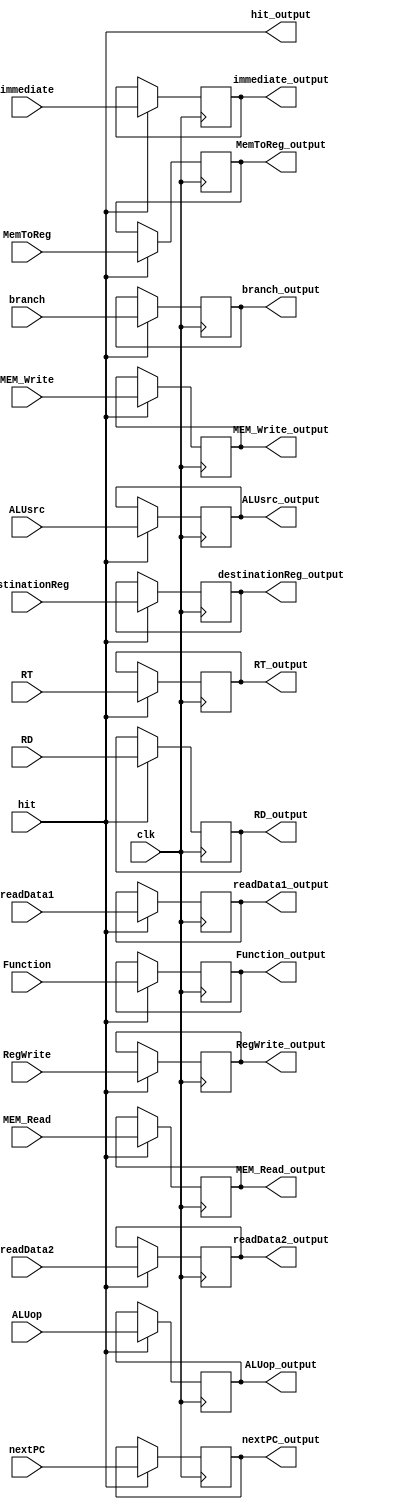
`timescale 1ns / 1ps
//////////////////////////////////////////////////////////////////////////////////
// Company: 
// Engineer: 
// 
// Design Name: 
// Module Name:    ID_EX 
// Project Name: 
// Target Devices: 
// Tool versions: 
// Description: 
//
// Dependencies: 
//
// Revision: 
// Revision 0.01 - File Created
// Additional Comments: 
//
//////////////////////////////////////////////////////////////////////////////////
module ID_EX(clk , hit , readData1 , readData2 , immediate , destinationReg , ALUsrc , MemToReg , RegWrite ,
MEM_Read , MEM_Write , branch , ALUop , RT , RD , Function , nextPC , readData1_output , readData2_output,
immediate_output , destinationReg_output , ALUsrc_output , MemToReg_output , RegWrite_output , MEM_Read_output , 
MEM_Write_output , branch_output , ALUop_output , RT_output , RD_output , Function_output , nextPC_output , hit_output);

	 input clk;
	 input hit;
	 input [31:0] readData1;
	 input [31:0] readData2;
	 input [31:0] immediate;
	 input destinationReg;
	 input ALUsrc;
	 input MemToReg;
	 input RegWrite;
	 input MEM_Read;
	 input MEM_Write;
	 input branch;
	 input [2:0] ALUop;
	 input [4:0] RT;
	 input [4:0] RD;
	 input [5:0] Function;
	 input [31:0] nextPC;
//------------------------------------------------------------------------------------------------------------------
	 output hit_output;
	 output reg [31:0] readData1_output;
	 output reg [31:0] readData2_output;
	 output reg [31:0] immediate_output;
	 output reg destinationReg_output;
	 output reg ALUsrc_output;
	 output reg MemToReg_output;
	 output reg RegWrite_output;
	 output reg MEM_Read_output;
	 output reg MEM_Write_output;
	 output reg branch_output;
	 output reg [2:0] ALUop_output;
	 output reg [4:0] RT_output;
	 output reg [4:0] RD_output;
	 output reg [5:0] Function_output;
	 output reg [31:0] nextPC_output;
	 
//------------------------------------------------------------------------------------------------------------------
		assign hit_output = hit;
//------------------------------------------------------------------------------------------------------------------
		always @ (negedge clk) begin
			//------------------------------------------------------------------------------------------------------------------
			if (hit) begin
				readData1_output	 	 <= readData1;
				readData2_output    	 <= readData2;
				immediate_output		 <= immediate;
				destinationReg_output <= destinationReg;
				ALUsrc_output     	 <= ALUsrc;
				MemToReg_output		 <= MemToReg;
				RegWrite_output		 <= RegWrite;
				MEM_Read_output	    <= MEM_Read;
				MEM_Write_output		 <= MEM_Write;
				branch_output 			 <= branch;
				ALUop_output  			 <= ALUop;
				RT_output 				 <= RT; 
				RD_output 				 <= RD;
				Function_output 		 <= Function;
				nextPC_output 		 	 <= nextPC;
			end
			//------------------------------------------------------------------------------------------------------------------
		end
	 


endmodule